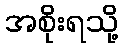
အစိုးရသို့